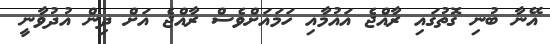
އޭނާ ބުނި ގޮތުގައި ރާއްޖެ އައުމާއި ހަމައަށްވެސް ރާއްޖެ އަށް ދިން އުދުވާނީ